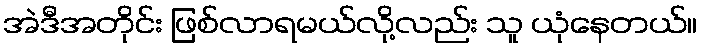
အဲဒီအတိုင်း ဖြစ်လာရမယ်လို့လည်း သူ ယုံနေတယ်။